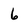
Character: 6